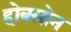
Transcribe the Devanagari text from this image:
होबसोन